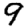
Digit: 9